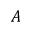
A